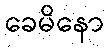
ခေမိနော